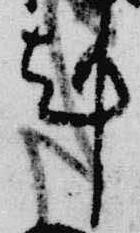
剋